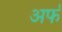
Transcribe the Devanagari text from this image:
अर्फ